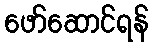
ဖော်ဆောင်ရန်